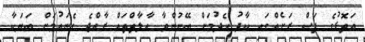
އަތޮޅުގެ ފަސް ރަށެއްގައި ކާދު ހެދުމަށް ބޭނުންވާ އާލާތްތައް ރާއްޖެ ގެނައުމަށް ބަޔަކާ